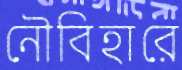
নৌবিহারে